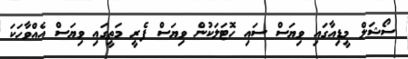
ސޯޝަލް މީޑިއާގައި ވިޔަސް ސައި ހޮޓަލަކުން ވިޔަސް ފެރީ މަތީގައި ވިޔަސް އެއްވާހަކަ